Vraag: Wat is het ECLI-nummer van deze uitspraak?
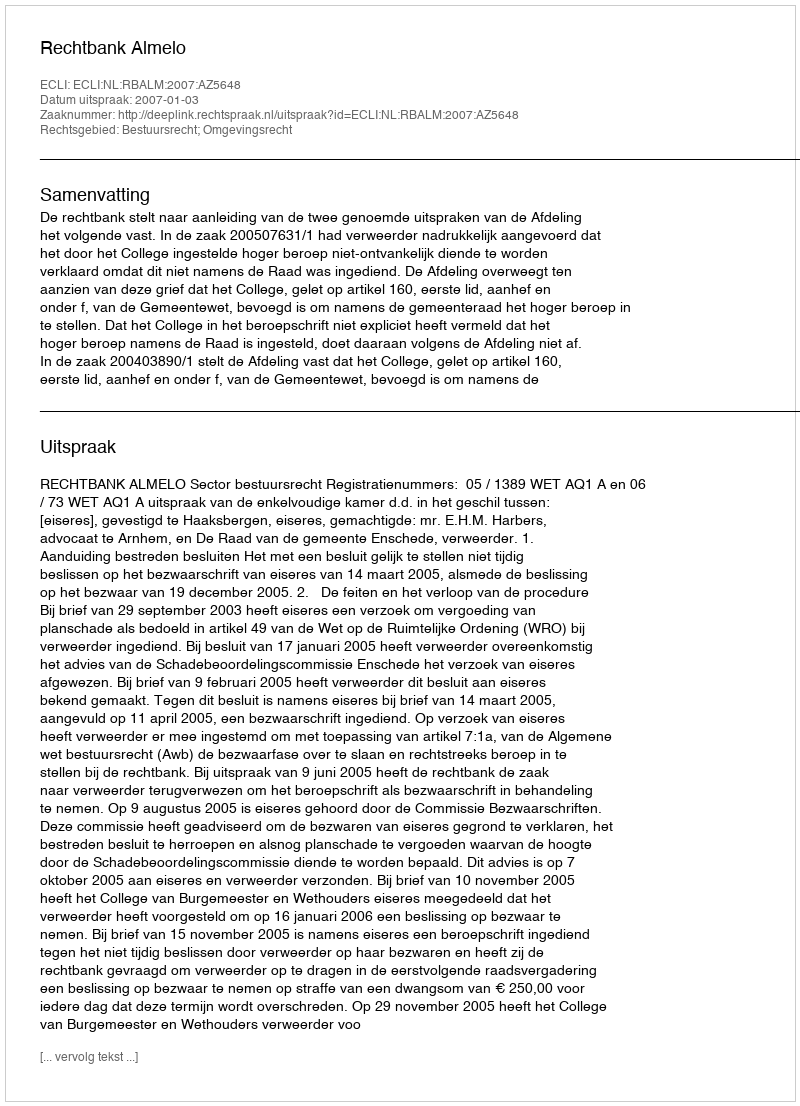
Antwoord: ECLI:NL:RBALM:2007:AZ5648